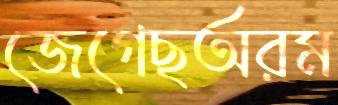
জেগেছঅরম